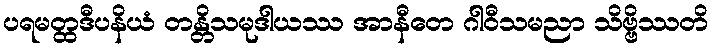
ပရမတ္ထဒီပနိယံ တန္တိသမုဒါယဿ အာနီတေ ဂါဝီသမညာ သိဗ္ဗိဿတိ